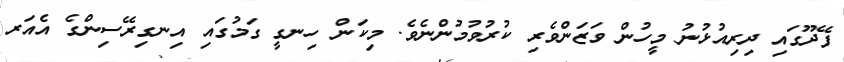
ފޭދޫގައި ދިރިއުޅުނު މީހުން ވަޒަންވެރި ކުރުވުމުންނެވެ. މިކަން ހިނގީ ގަމުގައި އިނގިރޭސިންގެ އެއަރ